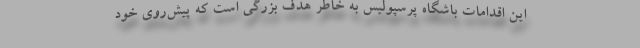
این اقدامات باشگاه پرسپولیس به خاطر هدف بزرگی است که پیش‌روی خود